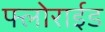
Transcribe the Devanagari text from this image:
फ्लोराईड